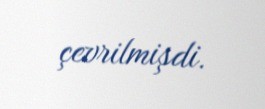
çevrilmişdi.